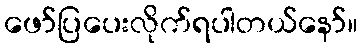
ဖော်ပြပေးလိုက်ရပါတယ်နော်။